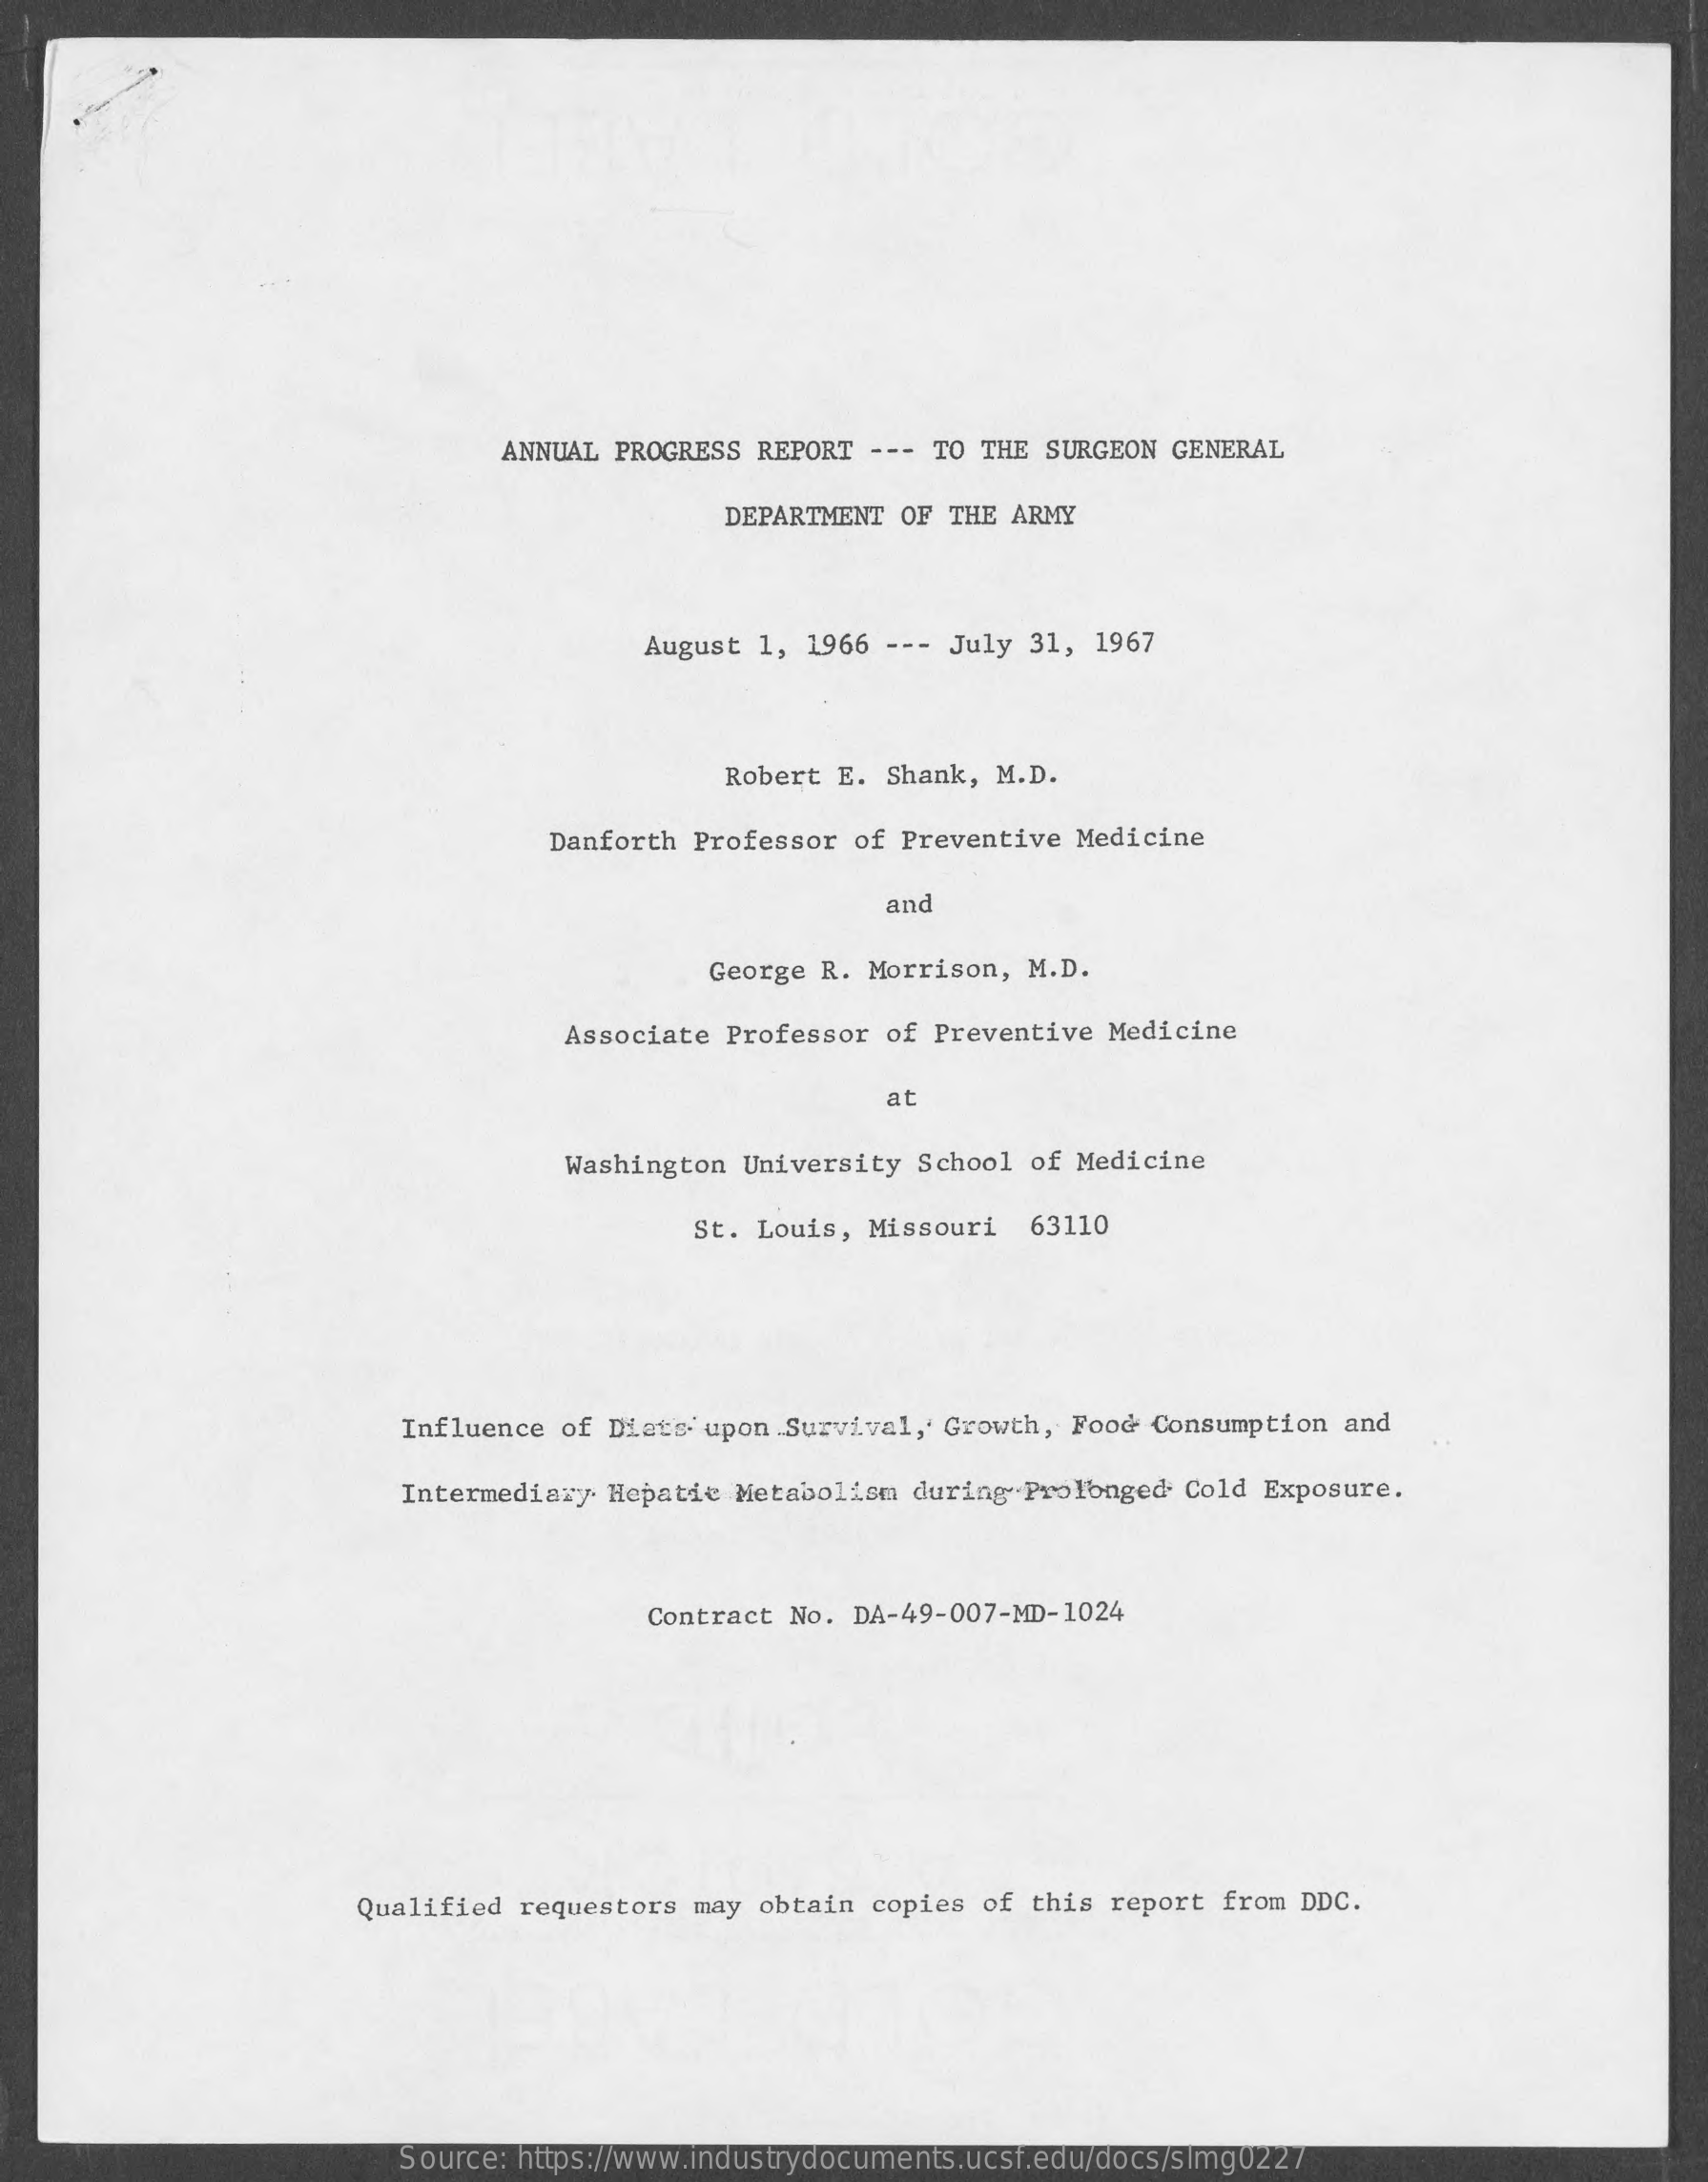
ANNUAL PROGRESS REPORT  --- TO THE SURGEON GENERAL
     DEPARTMENT  OF THE ARMY
     August 1,  1966 --- July 31, 1967
     Robert E.  Shank, M.D.
     Danforth Professor  of Preventive Medicine
     and
     George R. Morrison,  M.D.
     Associate Professor  of Preventive Medicine
     at
     Washington University  School of Medicine
     St. Louis, Missouri   63110
     Influence of Diats  upon Survival,' Growth, Food Consumption and
     Intermediary Hepatie  Metabolism during  Prolonged Cold Exposure.
     Contract No. DA-49-007-MD-1024
     Qualified  requestors may obtain  copies of this report  from DDC.
     Source: https://www.industrydocuments.ucsf.edu/docs/slmg0227